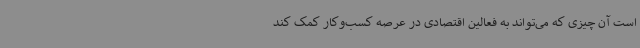
است آن چیزی که می‌تواند به فعالین اقتصادی در عرصه کسب‌وکار کمک کند